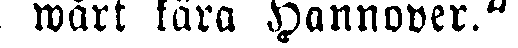
wårt kära Hannover."